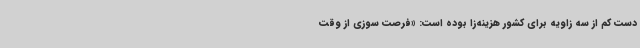
دست کم از سه زاویه برای کشور هزینه‌زا بوده است: «فرصت سوزی از وقت